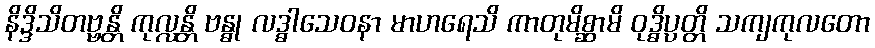
နိဒ္ဒိသိတဗ္ဗန္တိ ကုလ္လန္တိ ဗန္ဓု လဒ္ဓါသေဝနာ မာဟရေသိ ကာတုမိစ္ဆာမိ ဝုဒ္ဓိပ္ပတ္တိ သကျကုလတော